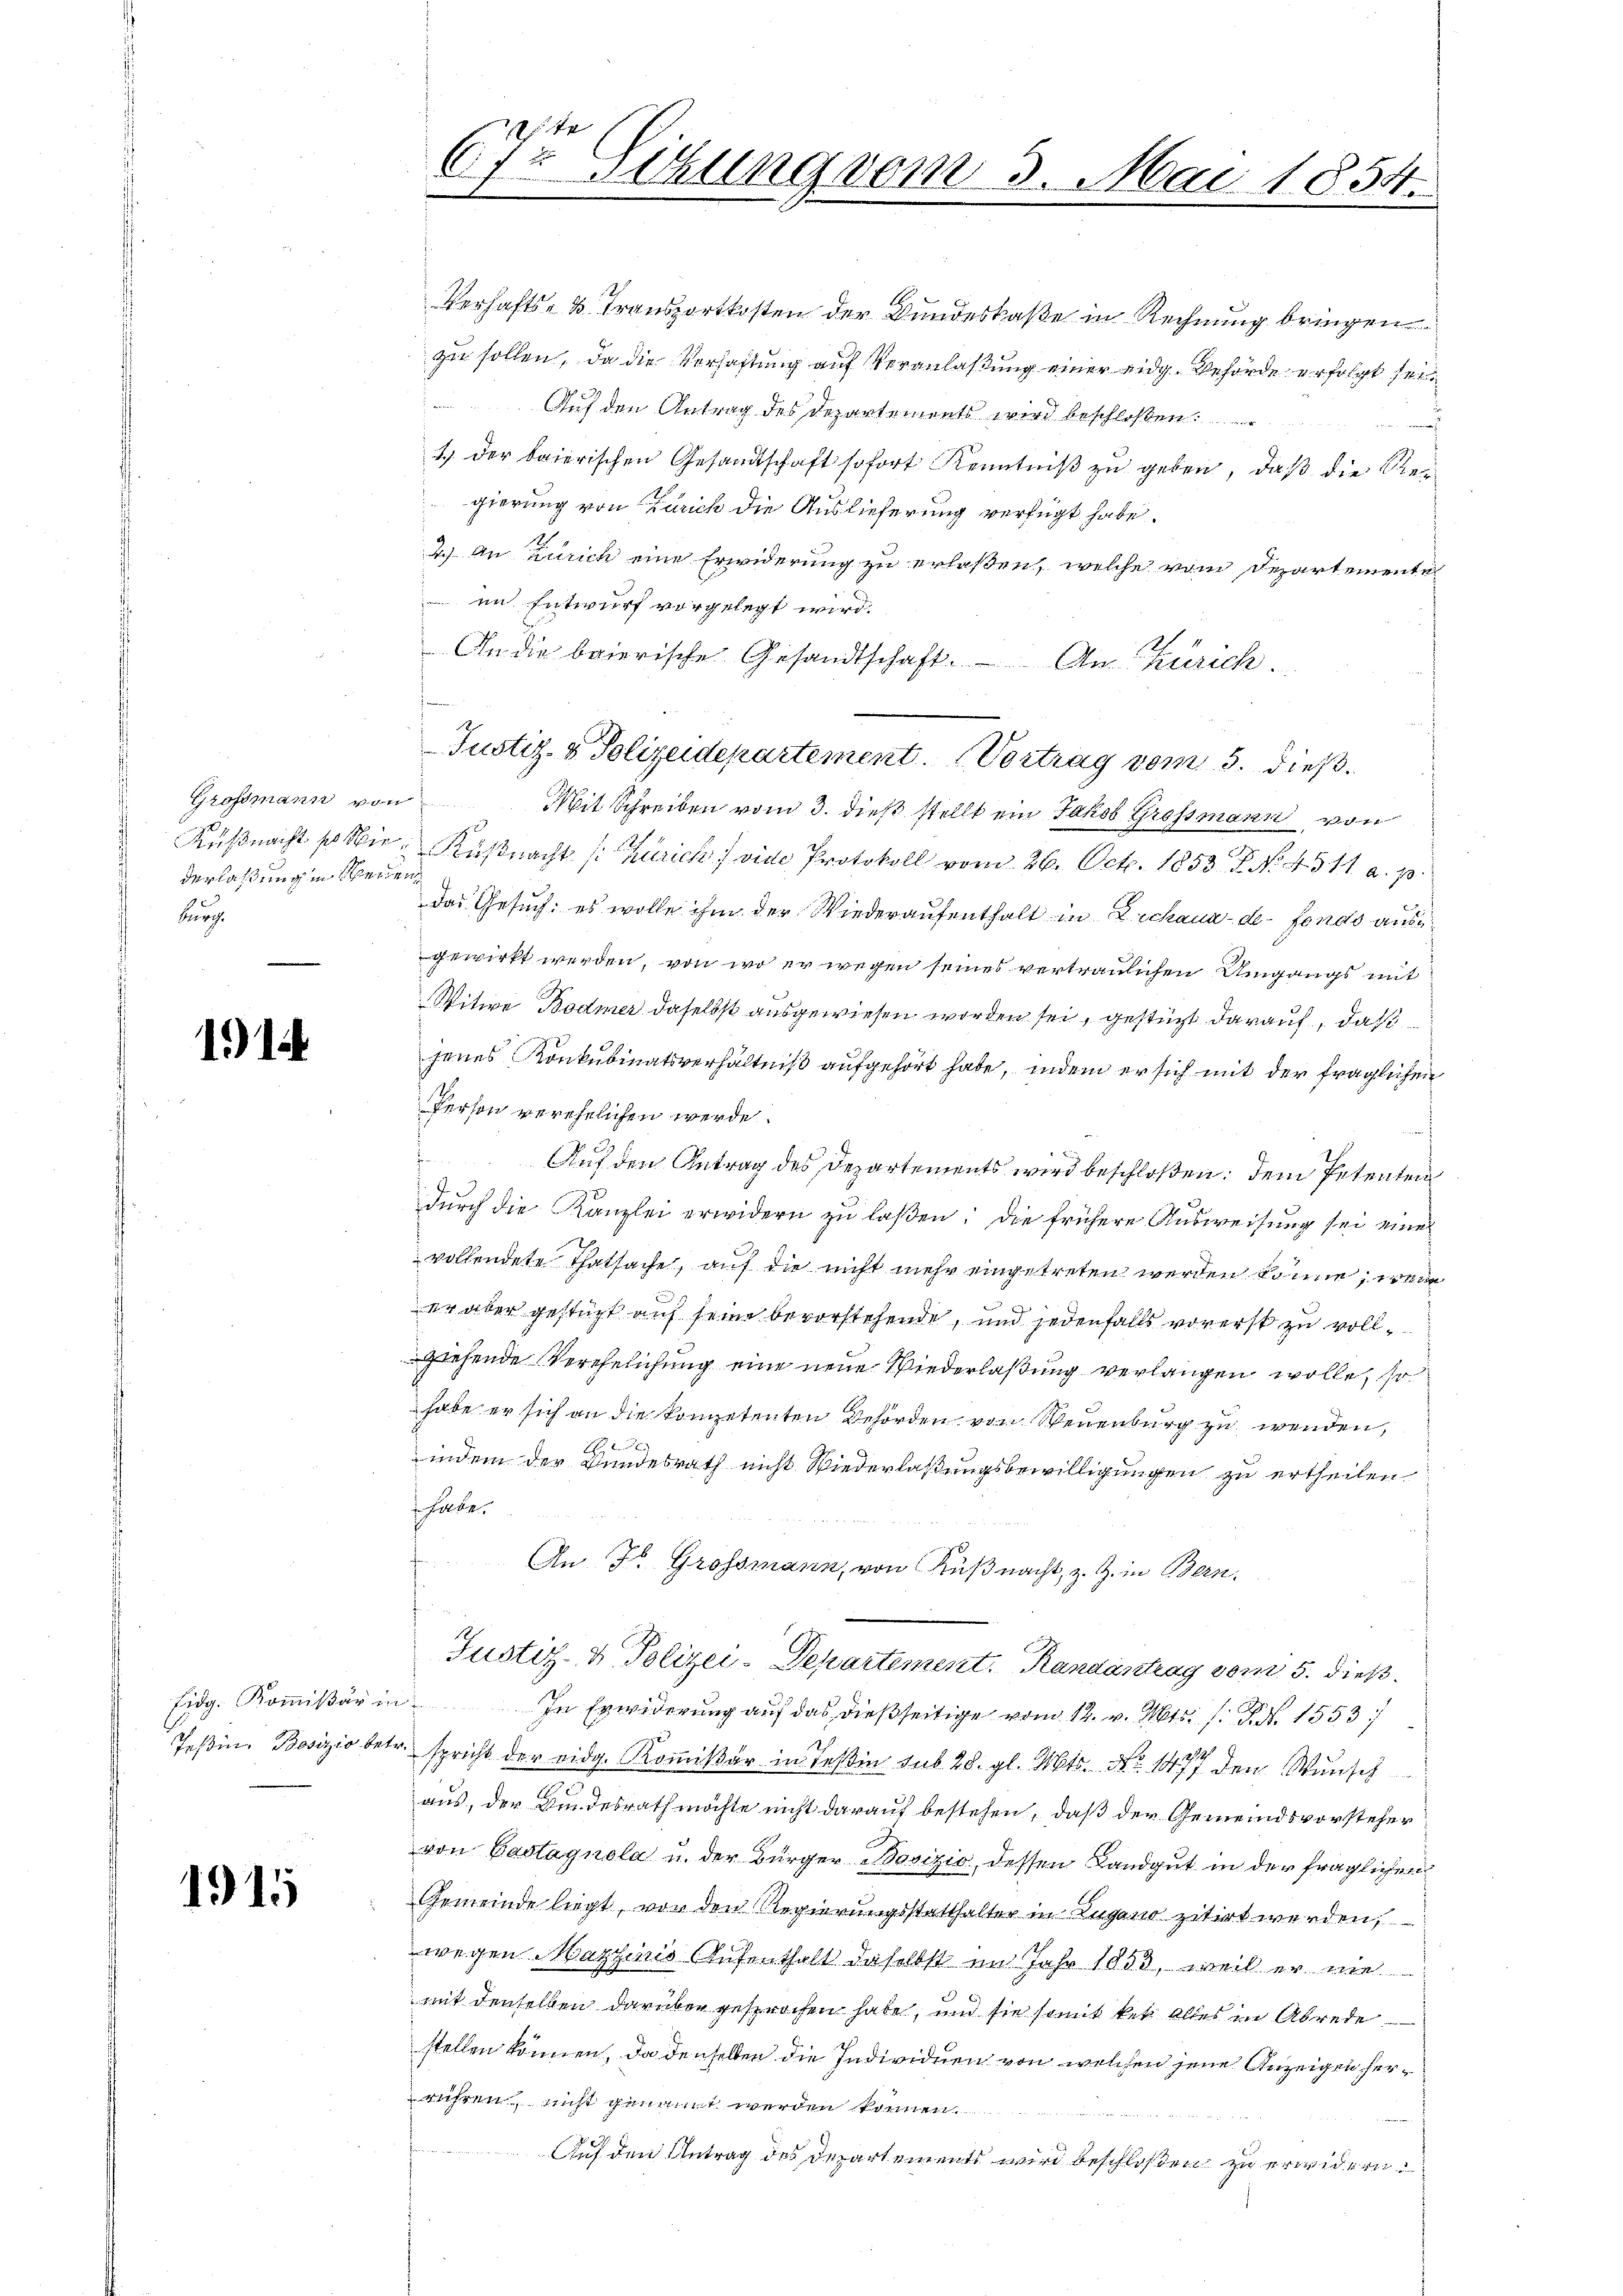
derlaßung in Scheiden
burch

114

1915

C. Zu Sitzung vom 5. Mai 1854.

Verhafts- u. Transportkosten der Bundeskaße in Rechnung bringen
zu sollen, da die Verhaftung auf Veranlaßung einer eidg. Behörde erfolgt sei.
Auf den Antrag des Departements wird beschloßen:
u
J. der baierischen Gesandtschaft sofort Kenntniß zu geben, daß die Regierung von Zürich die Auslieferung verfügt habe.
2.) An Zürich eine Erwiderung zu erlaßen, welche vom Departementel
 in Entwurf vorgelegt wird.
An die baierische Gesandtschaft. An Zürich.
Grossmann von Mit Schreiben vom 3. dieβ stellt ein Jakob Grossmann, von
Küßnacht so wir, Küßnacht (Zürich vide Protokoll vom 26. Octb. 1853 P. No. 4511. a. p.
das Gesuch: es wolle ihm der Wiederaufenthalt in Zickaua-de-Fonds ausgewirkt werden, von wo er wegen seines vertraulichen Umgangs mit
Witwe Bodmer daselbst ausgewiesen worden sei, gestürzt darauf, daß
jenes Konkubinatsverhältniß aufgehört habe, indem er sich mit der fraglichen
Person verehelichen werde.
Auf den Antrag des Departements wird beschloßen dem Petenten
durch die Kanzlei erwidern zu laßen; die frühere Ausweisung sei eine
vollendete Thatsache, auf die nicht mehr eingetreten werden könne, wenn
er aber gestüzt auf seine bevorstehende, und jedenfalls vorerst zu vollziehende Verehelichung eine neue Wiederlaßung verlangen wolle, so
habe er sich an die kompetenten Behörden von Neuenburg zu wenden,
indem der Bundesrath nicht Wiederlaßungsbewilligungen zu ertheilen.
i. Hieben.
An Fr. Grossmann, von Küßnacht, z. Z. in Bern.
Justiz- & Polizei-Departement. Randantrag vom 5. dieß
Eidg. Kommißär in In Erwiderŭng aŭf das dießseitige vom 12. v. Mts. 1. P. Nr. 1553
Jeßin. Bovizio betr. spricht der eidg. Kommißär in Teßin sub 28. gl. Mts. No 1477 den Wunsch
aus, der Bundesrath möchte nicht darauf bestehen, daß der Gemeindsvorsteher
von Castagnola u. der Bürger Bovizio, dessen Landgut in der fraglichen
Gemeinde liegt, von den Regierungsstatthalter in Lugano zitirt werden,
wegen Mazinis Aufenthalt daselbst im Jahr 1853, weil er wie
mit denselben darüber gesprochen habe, und sie somit ket alles in Abrede
stellen können, da denselben die Individuen von welchen jene Anzeigen herrühren, nicht genannt werden können.
Auf den Antrag des Departements wird beschloßen zu erwidern.

Justiz- & Polizeidepartement. (Vortrag vom 5. dieß.